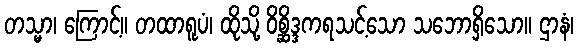
တသ္မာ၊ ကြောင့်။ တထာရူပံ၊ ထိုသို့ ဝိစ္ဆိဒ္ဒကရသင့်သော သဘောရှိသော။ ဌာနံ၊